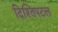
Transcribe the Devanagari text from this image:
दिश्तिपटल